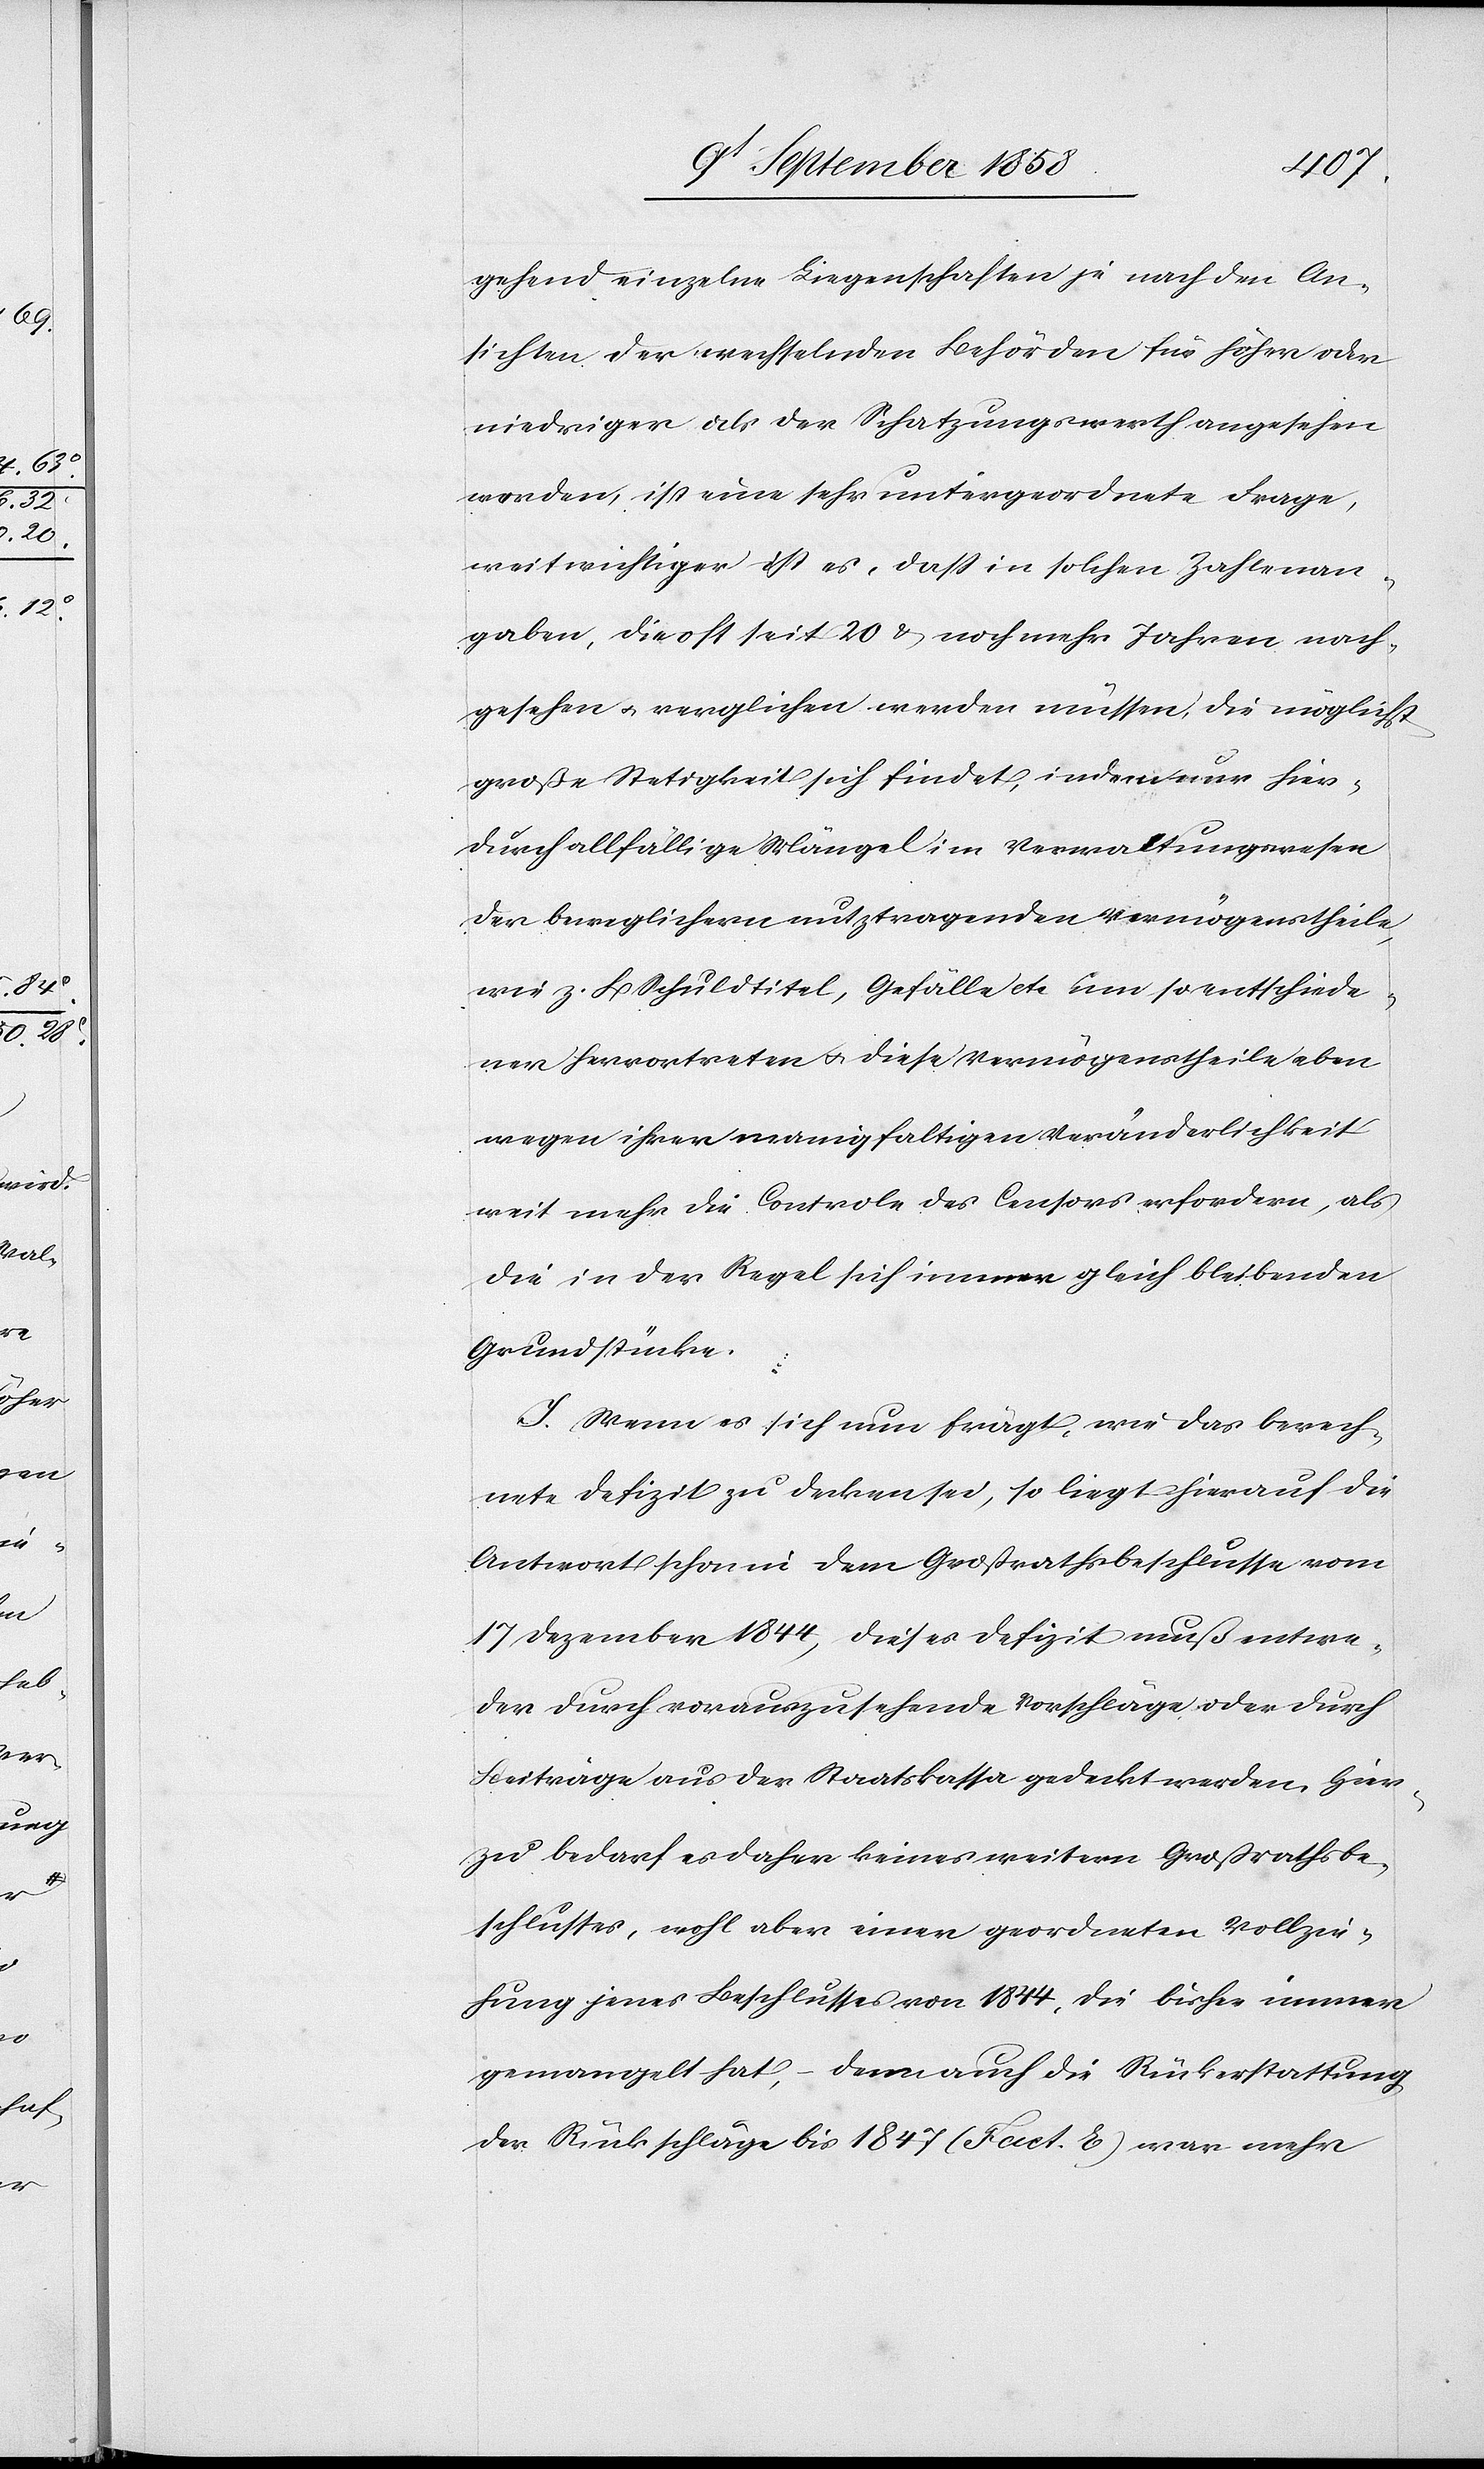
gehend einzelne Liegenschaften je nach den An¬
sichten der wechselnden Behörden für höher oder
niedriger als der Schatzungswerth angesehen
werden, ist eine sehr untergeordnete Frage,
weit wichtiger ist es, dass in solchen Zahlenan¬
gaben, die oft seit 20 & noch mehr Jahren nach¬
gesehen & verglichen weren müssen, die möglichst
große Stetigkeit sich findet, indem nur hier¬
durch allfällige Mängel im Verwaltungswesen
der beweglichern nutztragenden Vermögenstheile,
wie z. B. Schuldtitel, Gefälle etc. um so entschiede¬
ner hervortreten & diese Vermögenstheile eben
wegen ihrer manigfaltigen Veränderlichkeit
weit mehr die Controle des Censors erfordern, als
die in der Regel sich immer gleich bleibenden
Grundstücke.
I. Wenn es sich nun frägt, wie das berech¬
nete Defizit zu decken sei, so liegt hierauf die
Antwort schon in dem Großrathsbeschlusse vom
17 Dezember 1844, dieses Defizit muß entwe¬
der durch vorauszusehende Vorschläge oder durch
Beiträge aus der Staatskassa gedeckt werden. Hier¬
zu bedarf es daher keines weitern Großrathsbe¬
schlusses, wohl aber einer geordneten Vollzie¬
hung jenes Beschlusses von 1844, die bisher immer
gemangelt hat, – denn auch die Rückerstattung
der Rückschläge bis 1847 (Fact. E) war mehr